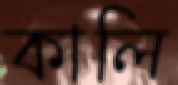
কালি